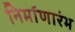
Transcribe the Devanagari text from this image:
निर्माणारंभ